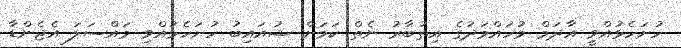
ހުށަހެޅުއްވީ އާދަމް މުހައްމަދުގެ އިތުބާރު ނެތް ކަމަށް ޝުއައިބު ހުށަހެޅުއްވި މައްސަލަ އެޖެންޑާ